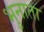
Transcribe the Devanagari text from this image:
भुनाता